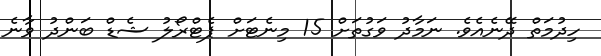
ހިދުމަތް ދޭނެއެވެ. ނަމާދު ވަގުތަށް 15 މިނެޓަށް ޕެޓްރޯލު ޝެޑް ބަންދު ވާނެ